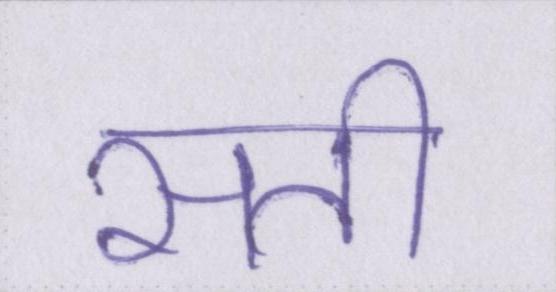
सती